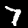
Digit: 7